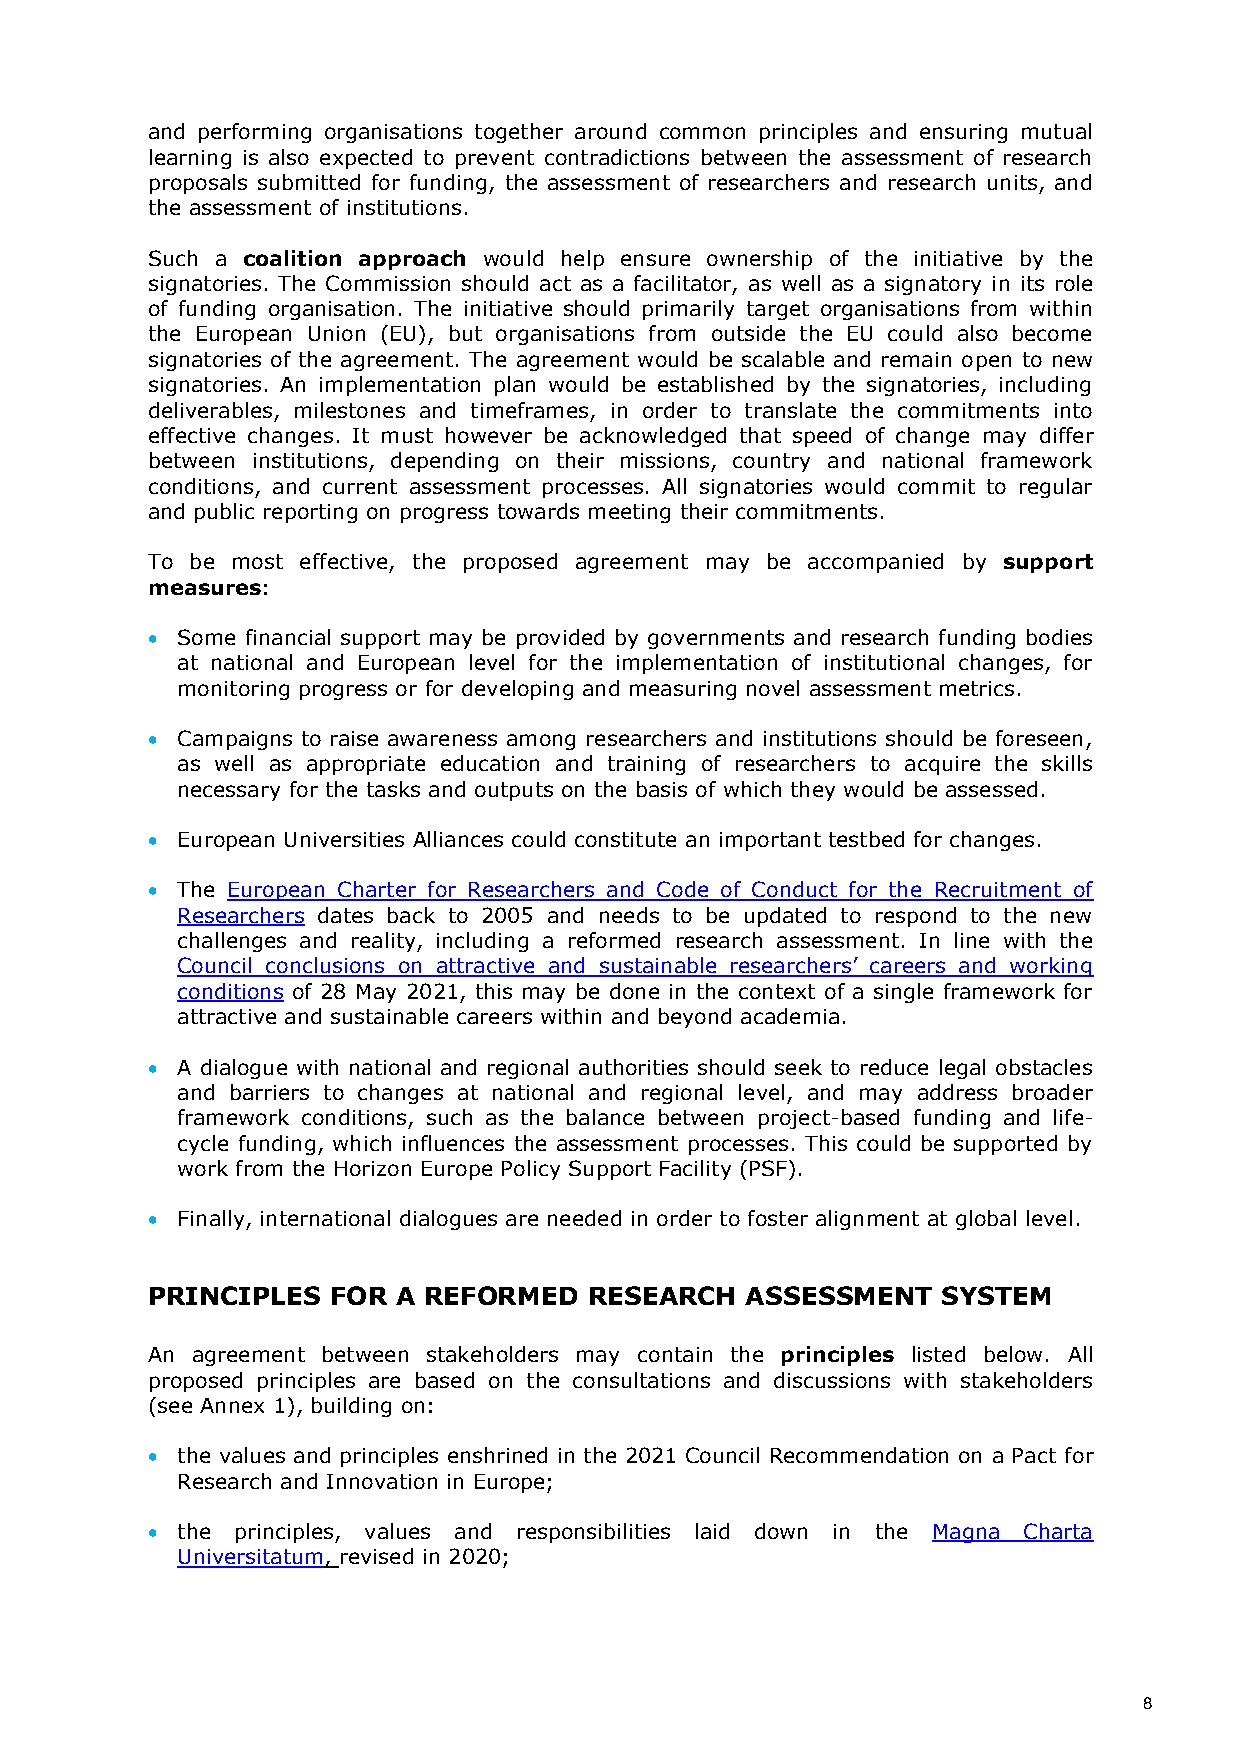
and performing organisations together around common principles and ensuring mutual
 learning is also expected to prevent contradictions between the assessment of research
 proposals submitted for funding, the assessment of researchers and research units, and
 the assessment of institutions.
 Such a coalition approach would help ensure ownership of the initiative by the
 signatories. The Commission should act as a facilitator, as well as a signatory in its role
 of funding organisation. The initiative should primarily target organisations from within
 the European Union (EU), but organisations from outside the EU could also become
 signatories of the agreement. The agreement would be scalable and remain open to new
 signatories. An implementation plan would be established by the signatories, including
 deliverables, milestones and timeframes, in order to translate the commitments into
 effective changes. It must however be acknowledged that speed of change may differ
 between institutions, depending on their missions, country and national framework
 conditions, and current assessment processes. All signatories would commit to regular
 and public reporting on progress towards meeting their commitments.
 To be most effective, the proposed agreement may be accompanied by support
 measures:
  Some financial support may be provided by governments and research funding bodies
 at national and European level for the implementation of institutional changes, for
 monitoring progress or for developing and measuring novel assessment metrics.
  Campaigns to raise awareness among researchers and institutions should be foreseen,
 as well as appropriate education and training of researchers to acquire the skills
 necessary for the tasks and outputs on the basis of which they would be assessed.
  European Universities Alliances could constitute an important testbed for changes.
  The European Charter for Researchers and Code of Conduct for the Recruitment of
 Researchers dates back to 2005 and needs to be updated to respond to the new
 challenges and reality, including a reformed research assessment. In line with the
 Council conclusions on attractive and sustainable researchers’ careers and working
 conditions of 28 May 2021, this may be done in the context of a single framework for
 attractive and sustainable careers within and beyond academia.
  A dialogue with national and regional authorities should seek to reduce legal obstacles
 and barriers to changes at national and regional level, and may address broader
 framework conditions, such as the balance between project-based funding and life-
 cycle funding, which influences the assessment processes. This could be supported by
 work from the Horizon Europe Policy Support Facility (PSF).
  Finally, international dialogues are needed in order to foster alignment at global level.
 PRINCIPLES  FOR A REFORMED   RESEARCH  ASSESSMENT   SYSTEM
 An agreement between stakeholders may contain the principles listed below. All
 proposed principles are based on the consultations and discussions with stakeholders
 (see Annex 1), building on:
  the values and principles enshrined in the 2021 Council Recommendation on a Pact for
 Research and Innovation in Europe;
  the principles, values and responsibilities laid down in the Magna Charta
 Universitatum, revised in 2020;
 8